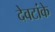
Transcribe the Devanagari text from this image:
देवटांके